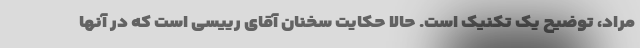
مراد، توضیح یک تکنیک است. حالا حکایت سخنان آقای رییسی است که در آنها